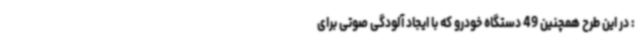
: در این طرح همچنین 49 دستگاه خودرو که با ایجاد آلودگی صوتی برای